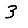
Digit: 3